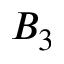
B _ { 3 }